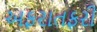
અફરાતફરી